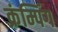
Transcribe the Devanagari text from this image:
क्रंम्पिंग